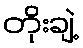
တိုးချဲ့